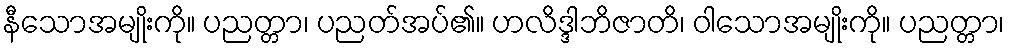
နီသောအမျိုးကို။ ပညတ္တာ၊ ပညတ်အပ်၏။ ဟလိဒ္ဒါဘိဇာတိ၊ ဝါသောအမျိုးကို။ ပညတ္တာ၊